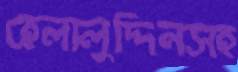
হেলালুদ্দিনসহ